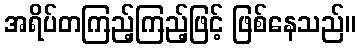
အရိပ်တကြည့်ကြည့်ဖြင့် ဖြစ်နေသည်။